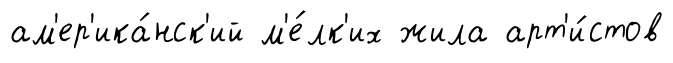
ам'ер'ика́нск'ий м'е́лк'их жила арт'и́стов